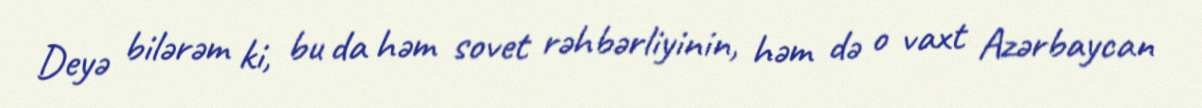
Deyə bilərəm ki, bu da həm sovet rəhbərliyinin, həm də o vaxt Azərbaycan